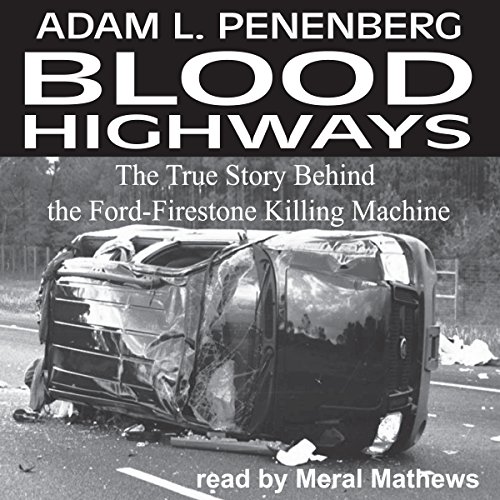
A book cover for Blood Highways: The True Story behind the Ford-Firestone Killing Machine; Adam L. Penenberg; Law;